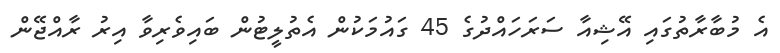
އެ މުބާރާތުގައި އޭޝިއާ ސަރަހައްދުގެ 45 ގައުމަކުން އެތުލީޓުން ބައިވެރިވާ އިރު ރާއްޖޭން